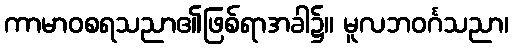
ကာမာဝစရသညာ၏ဖြစ်ရာအခါ၌။ မူလဘဝင်္ဂသညာ၊